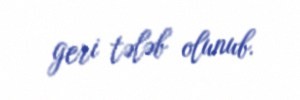
geri tələb olunub.